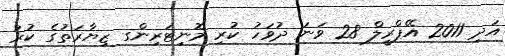
އަދި 2011 އޭޕްރީލް 28 ވަނަ ދުވަހު ކުރި މޮނިޓަރިންގ ޒިޔާރަތުގެ ކުރު